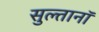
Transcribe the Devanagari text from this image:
सुल्तानॉ